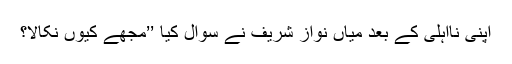
اپنی نااہلی کے بعد میاں نواز شریف نے سوال کیا ’’مجھے کیوں نکالا؟